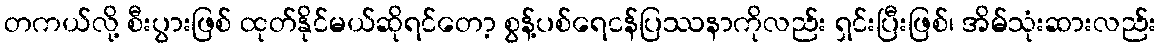
တကယ်လို့ စီးပွားဖြစ် ထုတ်နိုင်မယ်ဆိုရင်တော့ စွန့်ပစ်ရေငန်ပြဿနာကိုလည်း ရှင်းပြီးဖြစ်၊ အိမ်သုံးဆားလည်း